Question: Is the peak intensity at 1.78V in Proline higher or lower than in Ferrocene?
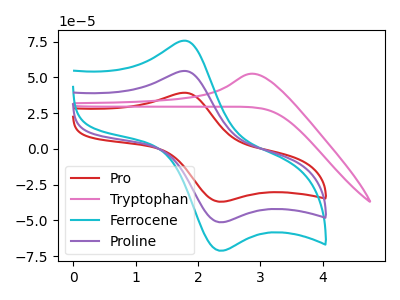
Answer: <think>The red curve "Pro" has an anodic peak at (1.80V, 39.25uA) and a cathodic peak at (2.35V, -36.90uA). The pink curve "Tryptophan" has an anodic peak at: (2.85V, 52.55uA). The cyan curve "Ferrocene" has an anodic peak at (1.80V, 108.95uA) and a cathodic peak at (2.35V, -102.50uA). The purple curve "Proline" has an anodic peak at (1.80V, 54.50uA) and a cathodic peak at (2.35V, -51.25uA).</think>
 <answer>The peak at 1.78V is lower in "Proline" than in "Ferrocene".</answer>
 <eval>lower</eval>